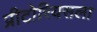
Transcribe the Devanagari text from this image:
प्रीटोरियसला